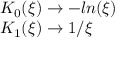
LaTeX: \begin{array} { l } { { K _ { 0 } ( \xi ) \to - l n ( \xi ) } } \\ { { K _ { 1 } ( \xi ) \to 1 / \xi } } \end{array}